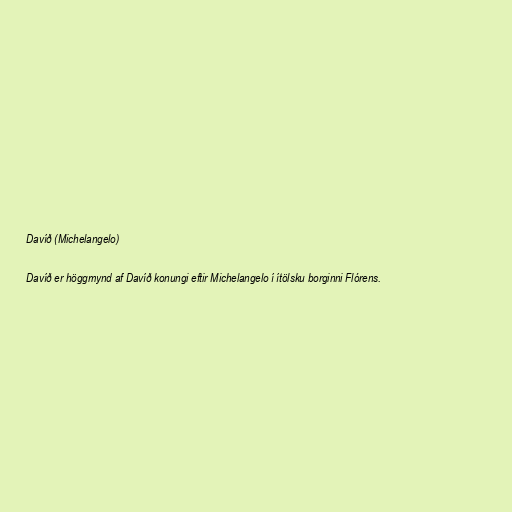
Davíð (Michelangelo)

Davíð er höggmynd af Davíð konungi eftir Michelangelo í ítölsku borginni Flórens.